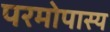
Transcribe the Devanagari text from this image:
परमोपास्य